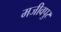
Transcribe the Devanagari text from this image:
मजीवपुर